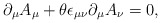
\begin{align*}\partial _{\mu}A_{\mu}+\theta \epsilon _{\mu \nu}\partial _{\mu}A_{\nu}=0,\end{align*}